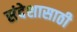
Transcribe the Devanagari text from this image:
संदेशासाठी